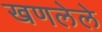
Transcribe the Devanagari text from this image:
खणलेले